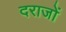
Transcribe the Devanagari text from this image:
दराजों